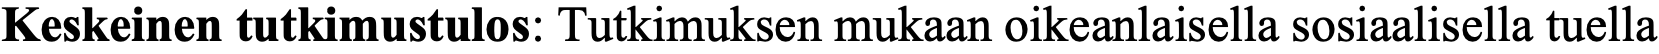
Keskeinen tutkimustulos: Tutkimuksen mukaan oikeanlaisella sosiaalisella tuella